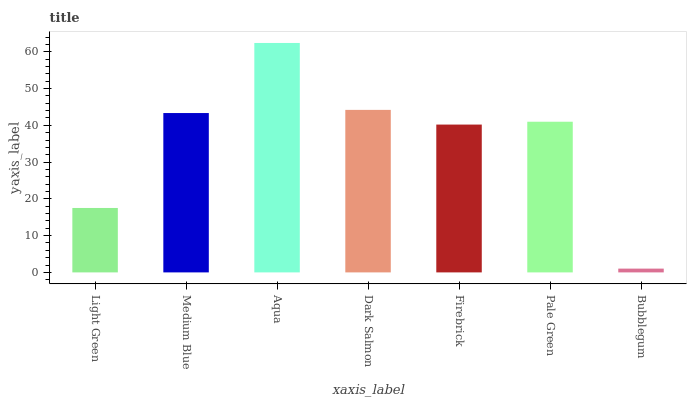
| xaxis_label | bars |
 | --- | --- |
 | Light Green | 17.5 |
 | Medium Blue | 43.3 |
 | Aqua | 62.4 |
 | Dark Salmon | 44.2 |
 | Firebrick | 40.2 |
 | Pale Green | 41 |
 | Bubblegum | 1.03 |